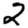
Digit: 2